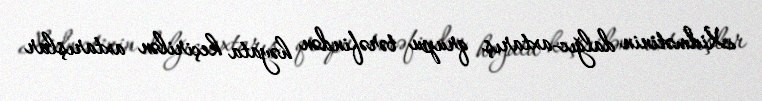
Xidmətinin dalğıc-axtarış qrupu tərəfindən həyata keçirilən axtarışlar